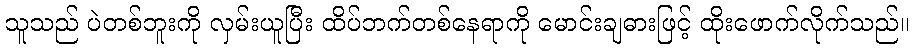
သူသည် ပဲတစ်ဘူးကို လှမ်းယူပြီး ထိပ်ဘက်တစ်နေရာကို မောင်းချဓားဖြင့် ထိုးဖောက်လိုက်သည်။